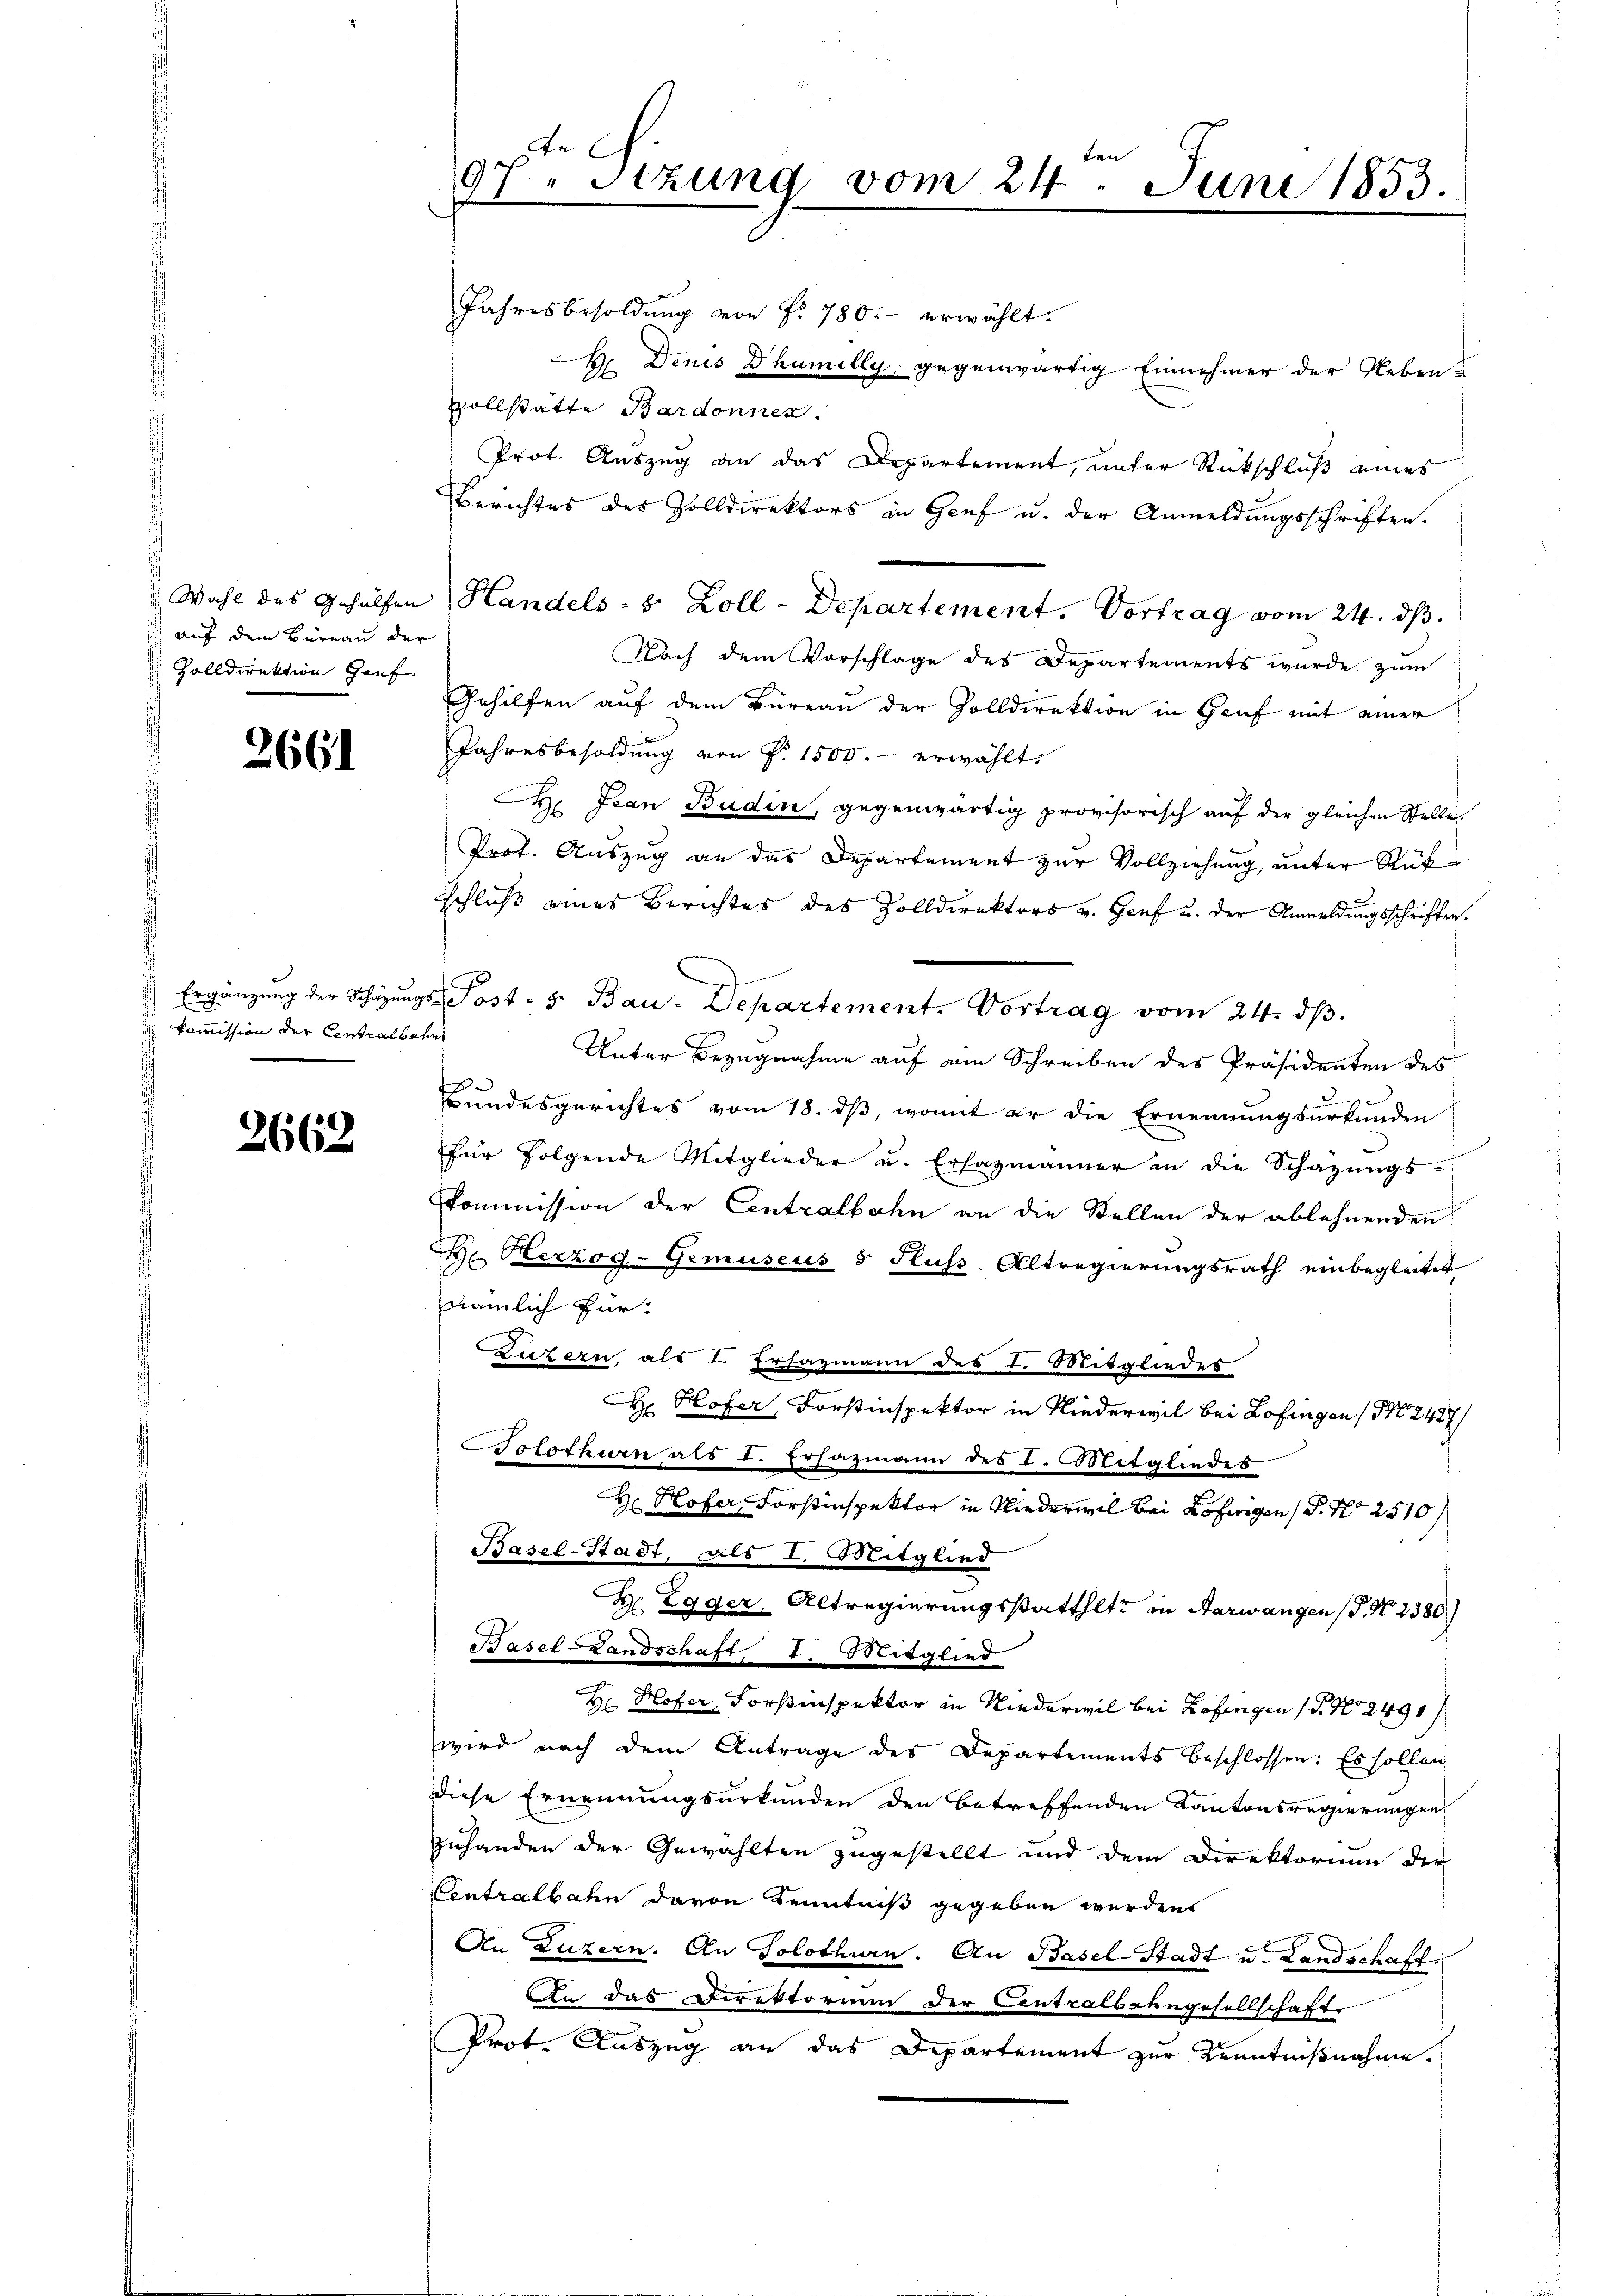
auf dem Büreau der
 Zolldirektion Genf

2661

ich kommission der Centralbahn

2662

e
97. Stzung vom 24. Juni 1853.

Jahresbesoldung von Nr. 780.- erwählt.
H. Denis Dhumilly, gegenwärtig Einnehmer der Nebenvollstätte Bardonnes.
Prot. Auszug an das Departement, unter Rückschluß eines
Berichtes des Zolldirektors in Genf u. der Anmeldungsschriften.
Nach dem Vorschlage des Departements wurde zum
Gehilfen auf dem Büreau der Zolldirektion in Genf mit einer
Jahresbesoldung von P. 1500.- erwählt.
 Jean Budin, gegenwärtig provisorisch auf der gleichen Stelle.
Prof. Auszug an das Departement zur Vollziehung, unter Rükschluß eines Berichtes des Zolldirektors v. Genf u. der Anmeldungsschriften.
 Ergänzŭng der Schäzŭngs-Post- 5. Bau-Departement. Vortrag vom 24. dβ.
Unter Bezugnahme auf ein Schreiben des Präsidenten des
Bŭndesgerichtes vom 18. dβ, womit er die Ernennungsurkunden
für folgende Mitglieder u. Ersazmänner an die Schazungs-
Kommission der Centralbahn an die Stellen der ablehnenden
Be Herzog-Gemuseus & Fluss Altregierungsrath einbegleitet
nämlich für
Luzern, als I. Ersazmann des L. Mitgliedes
 Hofer, Forstinspektor in Niederwil bei Lofingen (1247/
olothurn als L. Ersazmann des I. Mitgliedes
Hr. Hofer, Forstinspektor in Niederwil bei Lorigen S. Nr. 2510
Basel-Stadt, als I. Mitglied
H Egger, Altregierungsstatthlte in Aarwangen P. Nr. 2380)
Hasel-Landschaft, I. Mitglied
He Hofer, Forstinspektor in Niederwil bei Zofingen (S. Nr. 2491/
wird nach dem Antrage des Departements beschlossen: Es sollen
Diese Ernennungsurkunden den betreffenden Kantonsregierungen
zuhanden der Gewählten zugestellt und dem Direktorium der
Centralbahn davon Kenntniß gegeben werden
An Luzern. An Solothurn. An Basel-Stadt u. Landschaff
An das Direktorium der Centralbahngesellschafte
Prot. Auszug an das Departement zur Kenntnißnahme.

Wahl des Gehülfen Handels- & Zoll-Departement. Vortrag vom 24. ds.